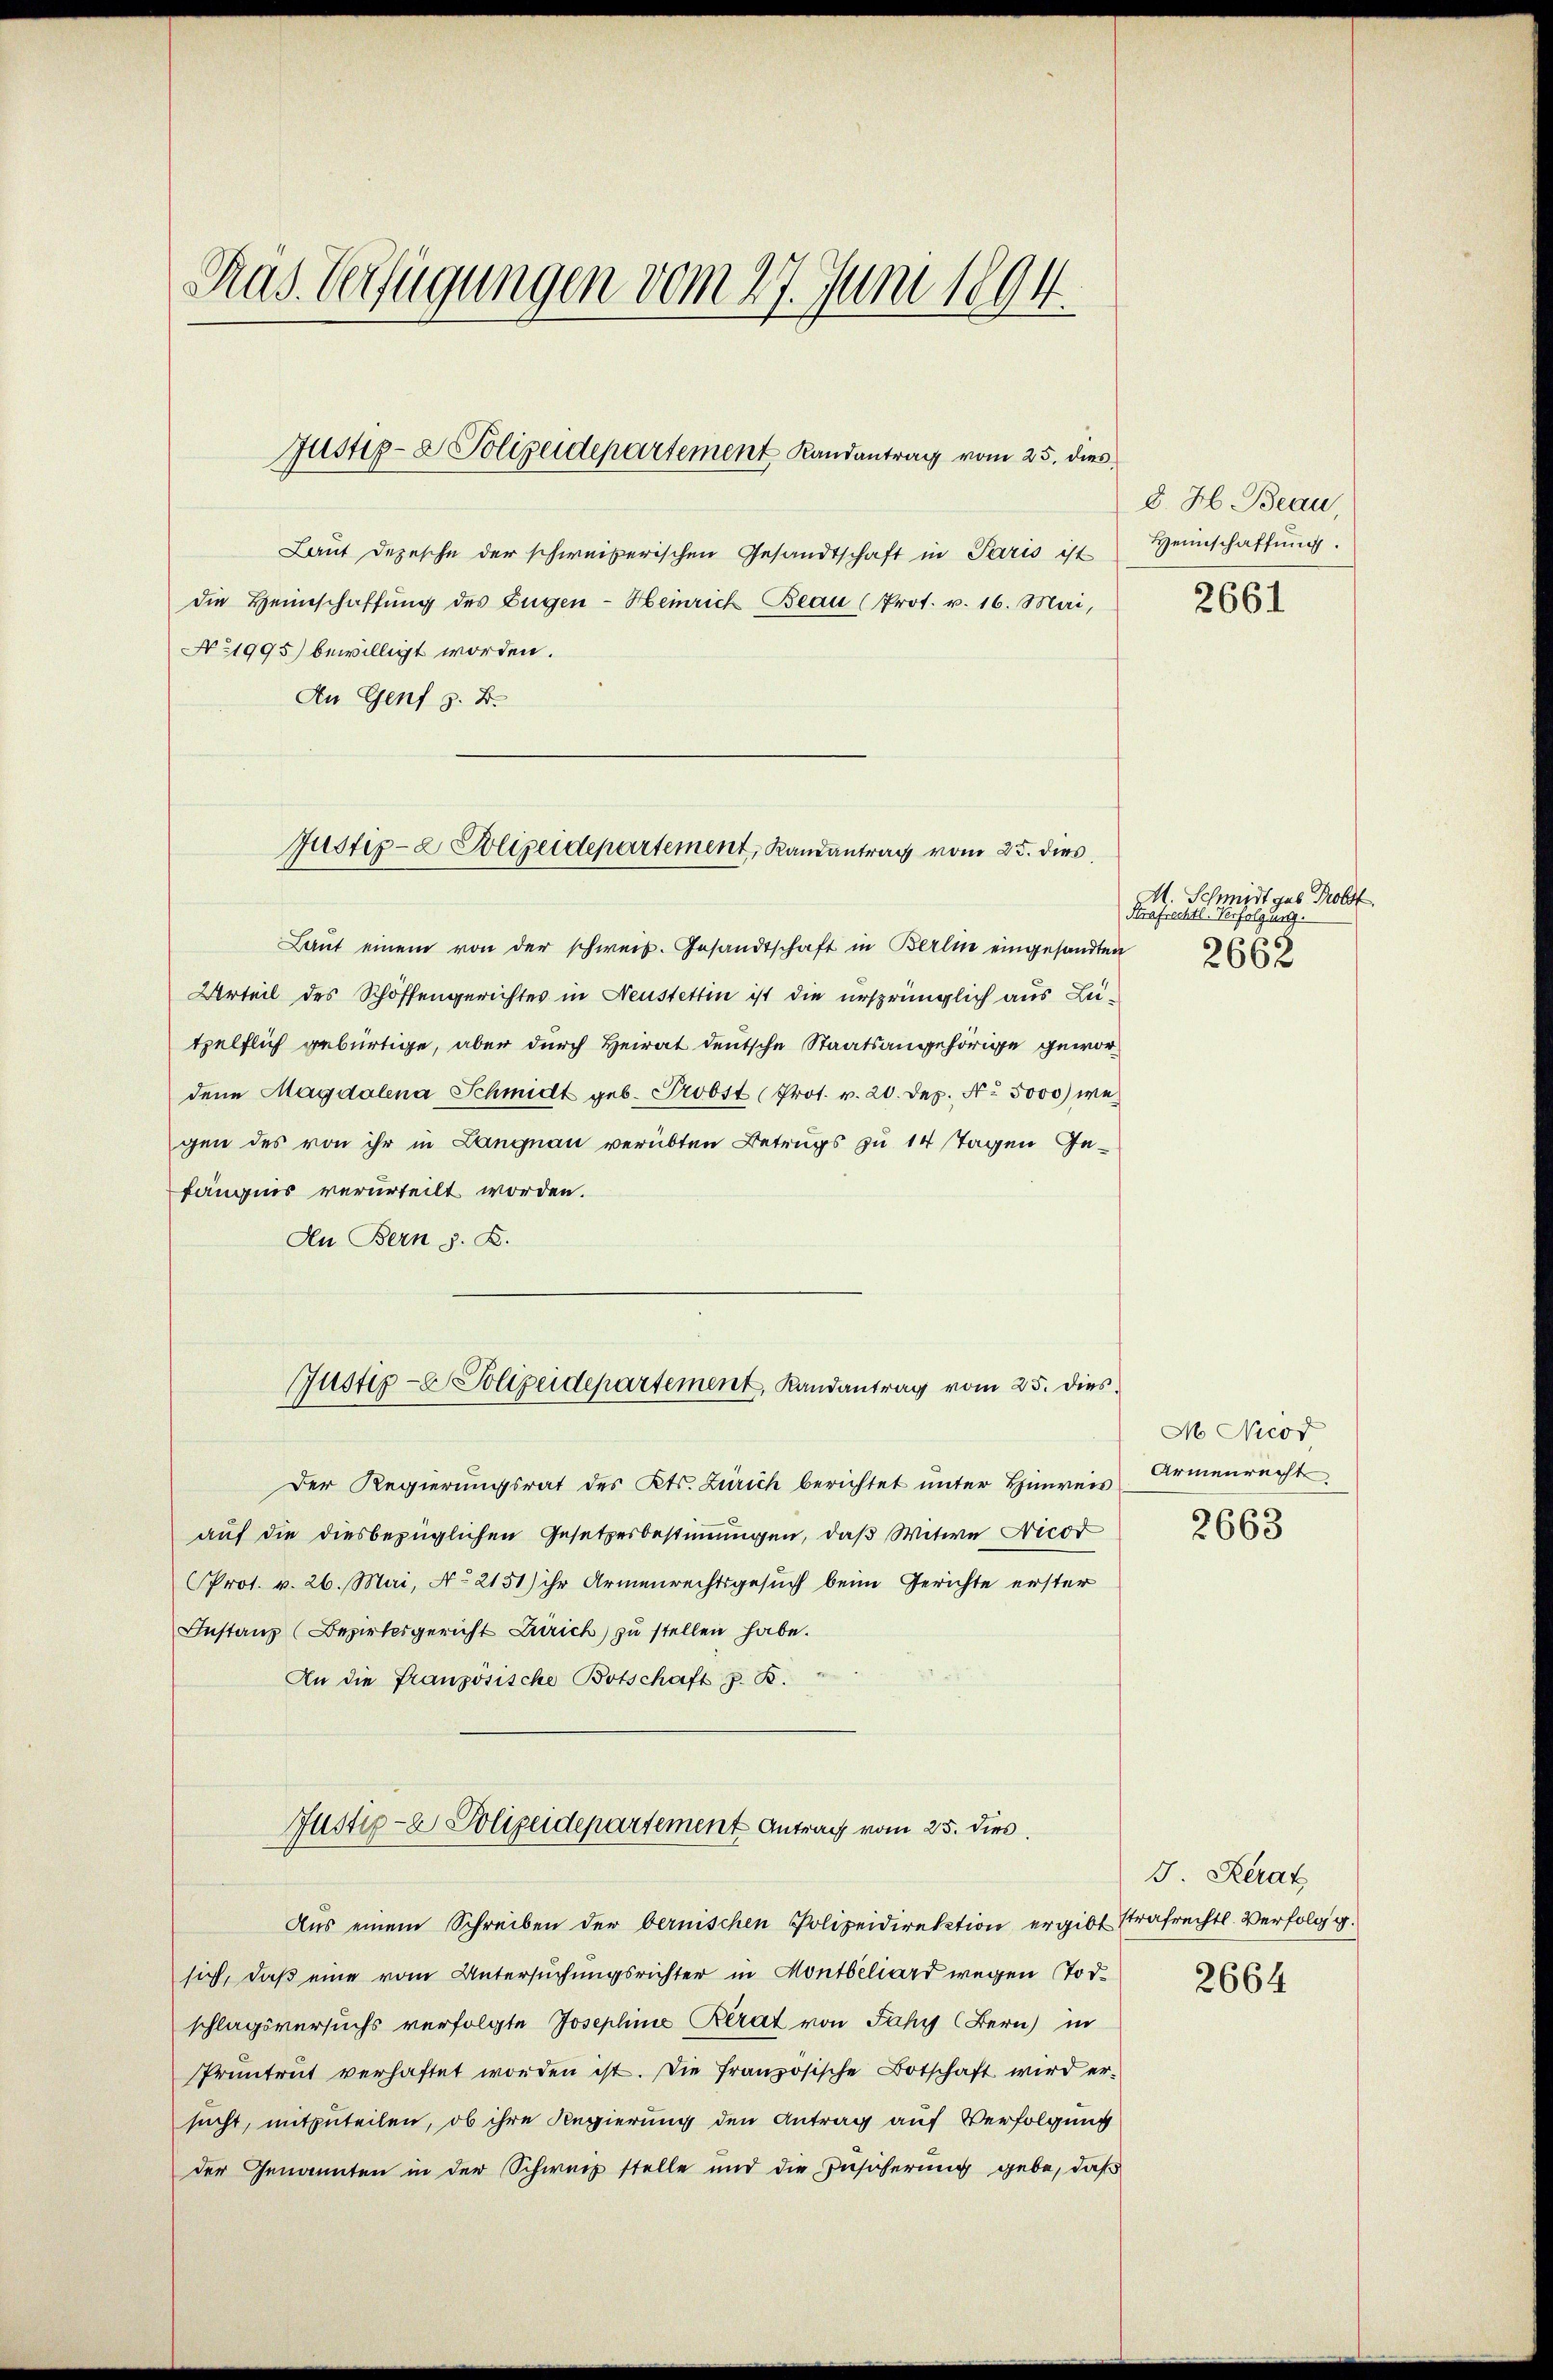
Präs. Verfügungen vom 27. Juni 1894

Laut Depesche der schweizerischen Gesandtschaft in Paris ist
die Heimschaffung des Eugen - Heinrich Beau (Prot. v. 16. Mai,
No 1995) bewilligt worden.
An Genf z. B.
Laŭt einem von der schweiz. Gesandtschaft in Berlin eingesandten
Urteil des Schöffengerichtes in Neustettin ist die ursprünglich aus Lutzelflich gebürtige, aber durch Heirat deutsche Staatsangehörige gewordene Magdalena Schmidt geb. Probst (Prot. v. 20. Dez. No. 5000) we
gen des von ihr in Langnau verübten Betrugs zu 14 Tagen Gefängnis verurteilt worden.
An Bern z. B.
Justiz-C. Polizeidepartement, Randantrag vom 25. dies
Der Regierungsrat des Kts. Zürich berichtet unter Hinweis
auf die diesbezüglichen Gesetzesbestimmungen, daß Witwe Nicor
Prot. v. 26. Mai, No 2151) ihr Armenrechtsgesuch beim Gerichte erster
Instanz (Bezirksgericht Zürich) zu stellen habe.
An die französische Botschaft z. B.
Justiz- & Polizeidepartement Antrag vom 25. dies
Aus einem Schreiben der bernischen Polizeidirektion ergibt strafrechtl. Verfolg g.
sich, daß eine vom Untersuchungsrichter in Montbiliard wegen Todschlagsversuchs verfolgte Josephine Berat von Jahr (Bern) in
Pruntrut verhaftet worden ist. Die französische Botschaft wird er-
sucht, mitzuteilen, ob ihre Regierung den Antrag auf Verfolgung
der Genannten in der Schweiz stelle und die Zusicherung gebe, daß

Justiz- & Polizeidepartement Randantrag vom 25. dies

Justiz- & Polizeidepartement, Randantrag vom 25. dies

d. H. Beau,
Heimschaffung.

2661

M. Schmidt geb. Probst
Strafrechtl. Verfolgung.

M Nicod
Armenrecht
2663

J. Kerat

2664